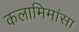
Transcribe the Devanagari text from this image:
कलामिमांसा